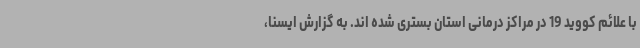
با علائم کووید 19 در مراکز درمانی استان بستری شده اند. به گزارش ایسنا،